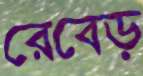
রেবেড়